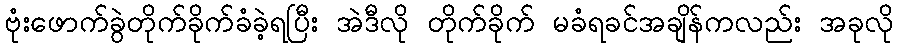
ဗုံးဖောက်ခွဲတိုက်ခိုက်ခံခဲ့ရပြီး အဲဒီလို တိုက်ခိုက် မခံရခင်အချိန်ကလည်း အခုလို